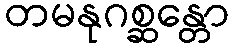
တမနုဂစ္ဆန္တော